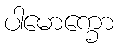
ပါမောက္ခော